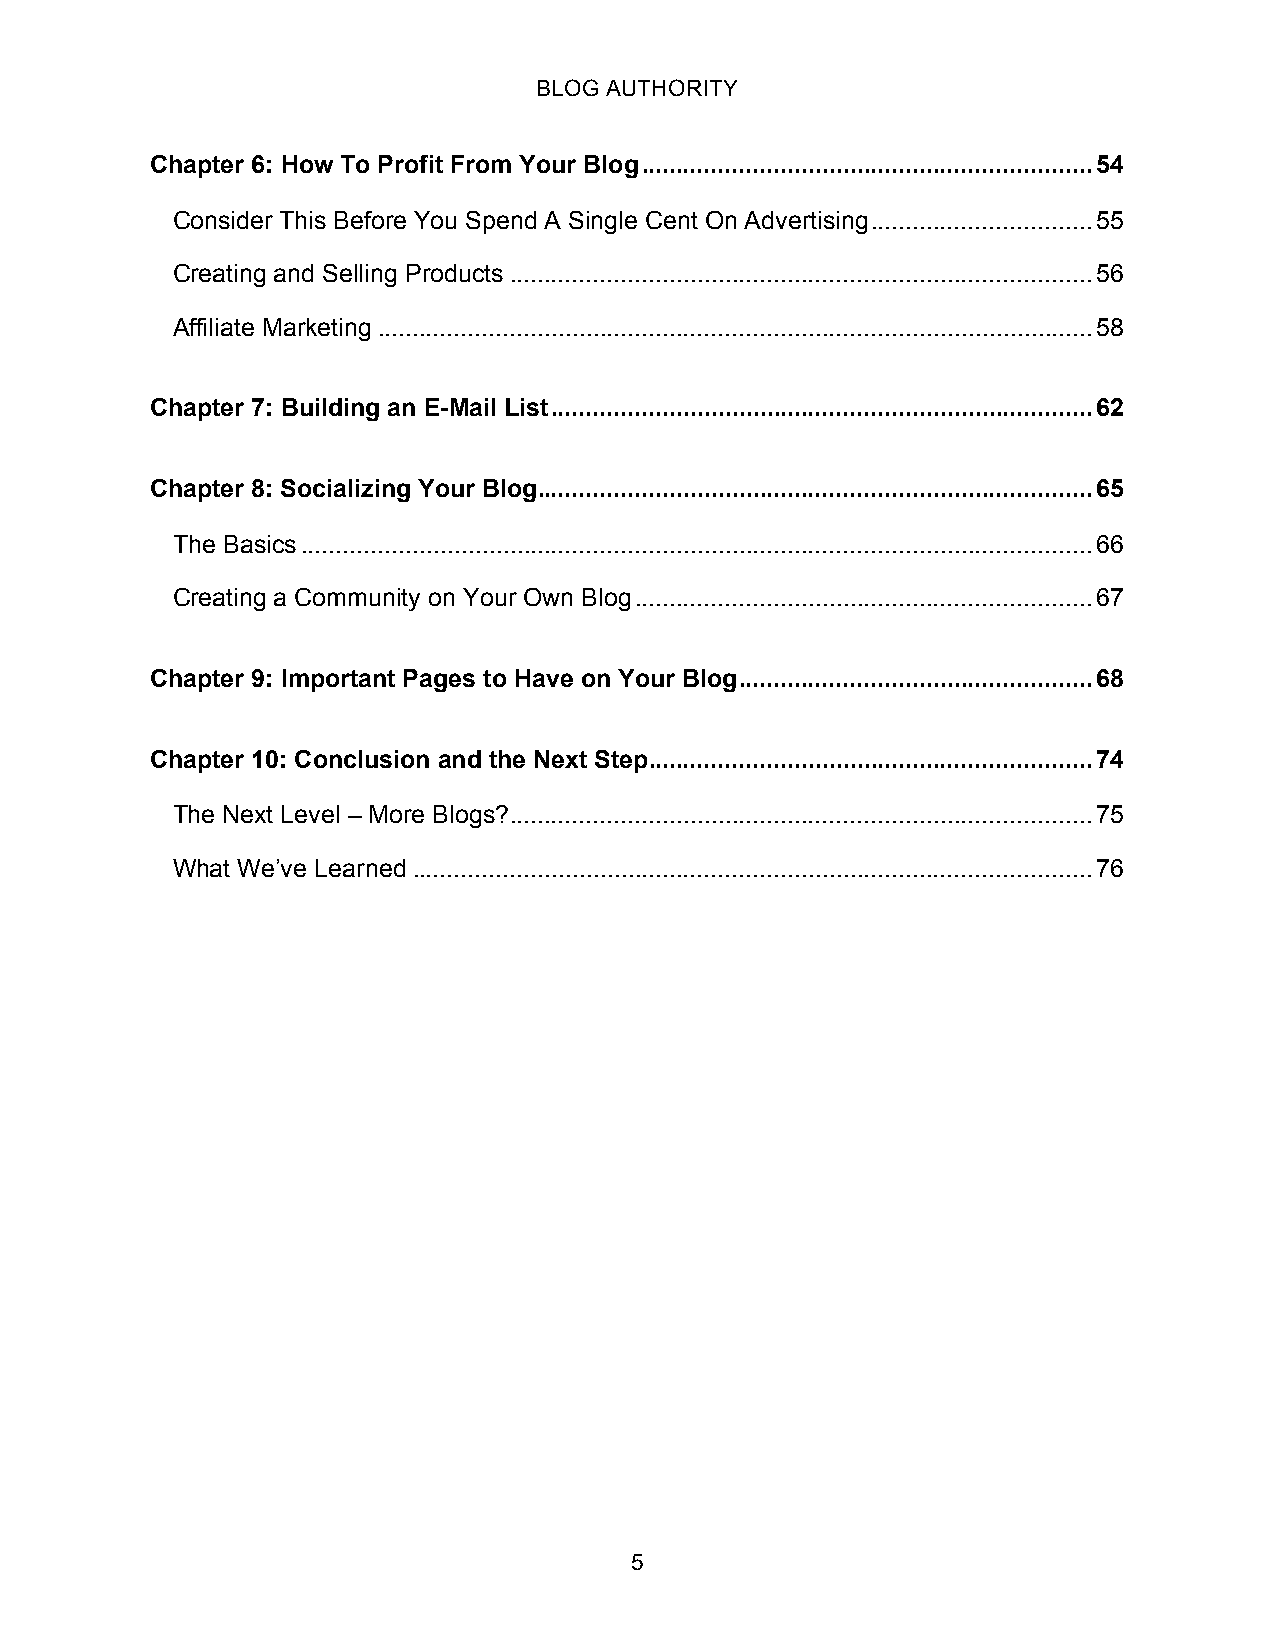
BLOG AUTHORITY
 Chapter 6: How To Profit From Your Blog.................................................................54
 Consider This Before You Spend A Single Cent On Advertising................................55
 Creating and Selling Products....................................................................................56
 Affiliate Marketing.......................................................................................................58
 Chapter 7: Building an E-Mail List..............................................................................62
 Chapter 8: Socializing Your Blog................................................................................65
 The Basics..................................................................................................................66
 Creating a Community on Your Own Blog..................................................................67
 Chapter 9: Important Pages to Have on Your Blog...................................................68
 Chapter 10: Conclusion and the Next Step................................................................74
 The Next Level – More Blogs?....................................................................................75
 What We’ve Learned..................................................................................................76
 5